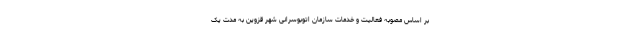
بر اساس مصوبه فعالیت و خدمات سازمان اتوبوسرانی شهر قزوین به مدت یک